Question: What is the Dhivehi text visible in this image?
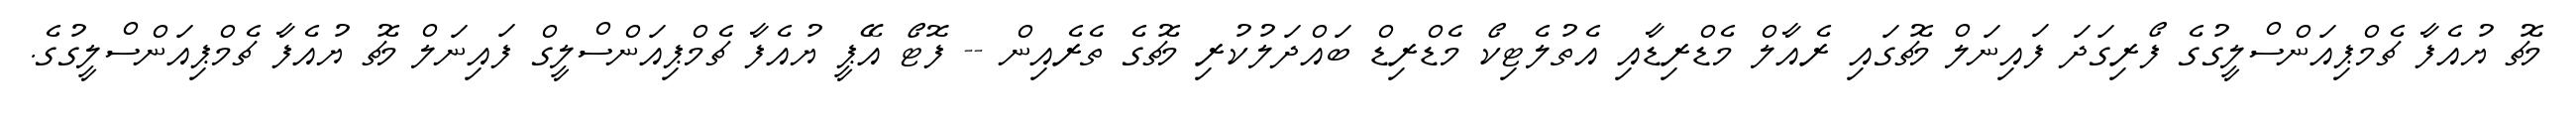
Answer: މެޗު ޔުއެފާ ޗެމްޕިއަންސްލީގުގެ ފޯރިގަދަ ފައިނަލް މެޗުގައި ރެއާލް މެޑްރިޑާއި އެތުލެޓިކޯ މެޑްރިޑް ބައްދަލުކުރި މެޗުގެ ތެރެއިން -- ފޮޓޯ އޭޕީ ޔުއެފާ ޗެމްޕިއަންސްލީގް ފައިނަލް މެޗު ޔުއެފާ ޗެމްޕިއަންސްލީގުގެ.